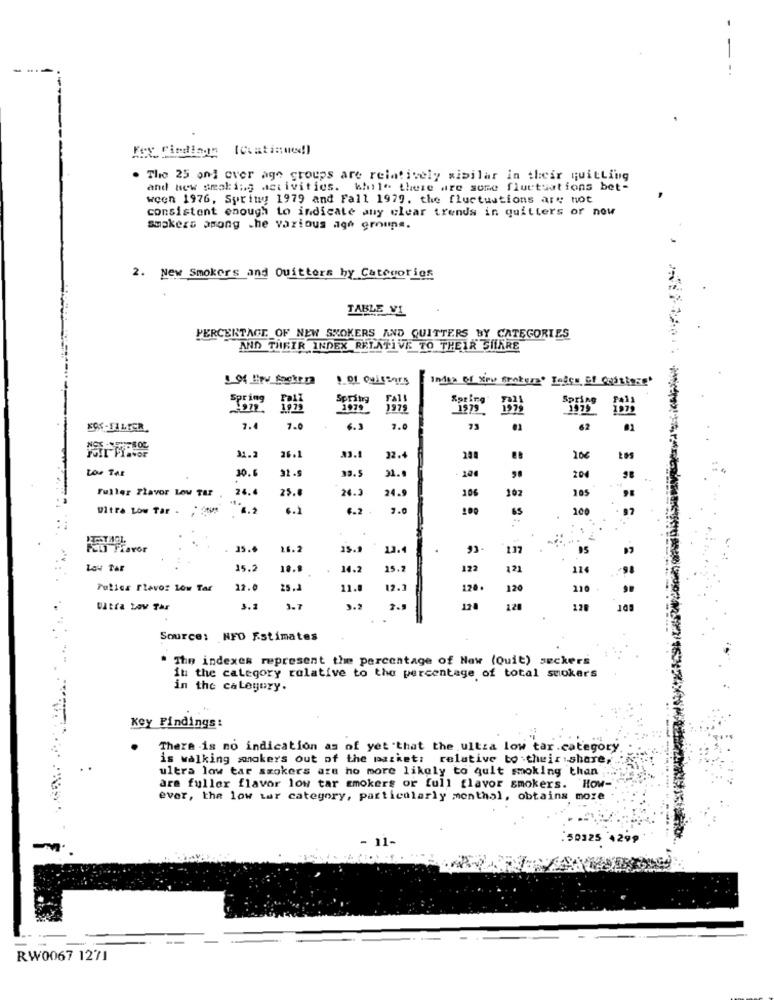
. The 25 oni over age groups are relatively similar in their quitting
and hew smoking activities. while there are some fluctuations bet-
ween 1976, Spring 1979 and Fall 1979. the fluctuations are not
consistent enough to indicate any clear trends in quitters or now
Smokers among the various age groups.
2. New Smokers and Quittors by Categories
TABLE VI
PERCENTAGE OF NEW SMOKERS AND QUITTERS BY CATEGORIES
AND THEIR INDEX RELATIVE TO THEIR SHARE
Index of yine frontera" Enter of Ogastere'
Spring
Tall
Spring
1975
Regina
KOS-FILTER
7.4
7.0
6.3
7.0
73
62
31.2
26.1
33.
32.4
10€
Los TAR
30.6
32.5
204
33.5
31.
Fuller Flavor Low Tar
24.4
25.0
24.3
24.9
106
102
205
Ultra Low Tar .
6.2
6.2
6.2 .
7.0
100
65
100
15.6
16.2
35.9
13.4
Lou Tar
15 .:
18.1
14.2
15.
121
114
98
Pulica Flevo: Low Tar
22.0
25.2
11.0
12.3
120 .
120
Ultra Low Tar
3.1
3.7
12.
120
Source: NFO Estimates
The indexes represent the percentage of Now (Quit) seckers
in the category relative to the percentage of total smokers
in the category.
Key Findings:
There is no indication as of yet that the ultza low tar.category
is walking smokers out of the market: relative to their share,
ultra low tar smokers are ho more likely to quit smoking than ;
ara fuller flavor low tar smokers or full flavor smokers. How-
ever, the low tar category, particularly menthal, obtains more
. 11
RW0067 1271